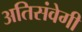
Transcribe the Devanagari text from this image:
अतिसंवेगी